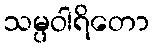
သမ္ပဝါရိတော